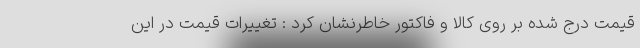
قیمت درج شده بر روی کالا و فاکتور خاطرنشان کرد : تغییرات قیمت در این